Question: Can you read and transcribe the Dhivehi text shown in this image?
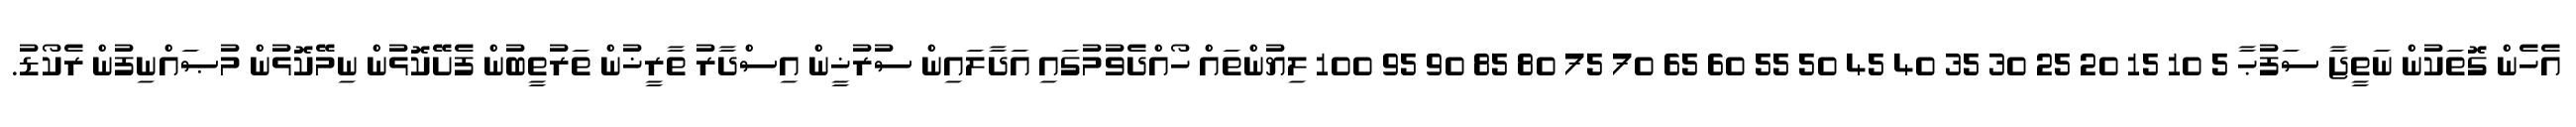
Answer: އެހެން ގޮތަކުން ނަތީޖާ ސަފުޙާ 5 10 15 20 25 30 35 40 45 50 55 60 65 70 75 80 85 90 95 100 ލިޔުންތައް ހޯއްދެވުމުގައި އަދާލައިން ސުރުޚީން އިސްދާރު ތާރީޚުން ތަރުތީބުން ފެށޭކޮޅުން ނިމޭކޮޅުން މުޞައްނިފުން ރެކޯޑު.